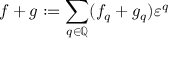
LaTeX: f + g : = \sum _ { q \in \mathbb { Q } } ( f _ { q } + g _ { q } ) \varepsilon ^ { q }